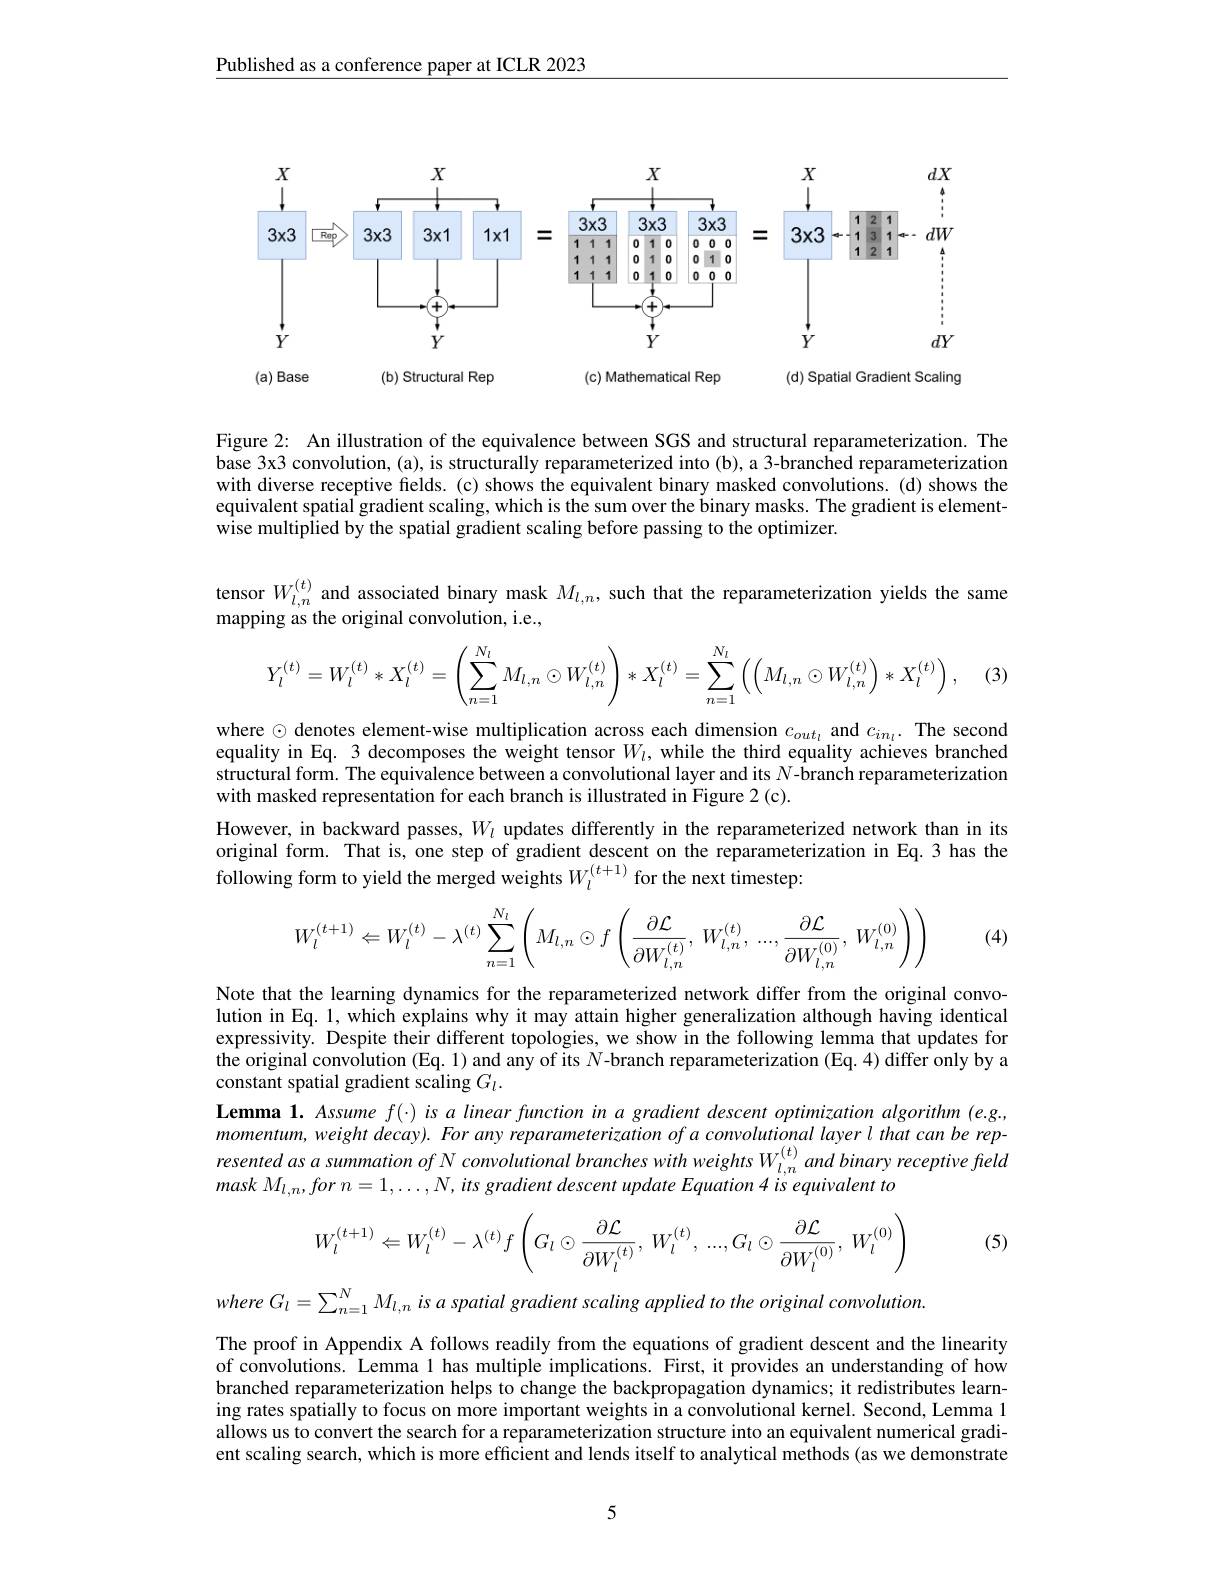
Published as a conference paper at ICLR 2023

<FigureHere>

Figure 2: An illustration of the equivalence between SGS and structural reparameterization. The base 3x3 convolution, (a), is structurally reparameterized into (b), a 3-branched reparameterization with diverse receptive fields.(c) shows the equivalent binary masked convolutions. (d) shows the equivalent spatial gradient scaling, which is the sum over the binary masks. The gradient is elementwise multiplied by the spatial gradient scaling before passing to the optimizer.

tensor $W_{l,n}^{(t)}$ and associated binary mask $M_{l,n}$, such that the reparameterization yields the same
mapping as the original convolution, i.e.,
$$Y_l^{(t)}=W_l^{(t)}*X_l^{(t)}=\left(\sum_{n=1}^{N_l}M_{l,n}\odot W_{l,n}^{(t)}\right)*X_l^{(t)}=\sum_{n=1}^{N_l}\left(\left(M_{l,n}\odot W_{l,n}^{(t)}\right)*X_l^{(t)}\right),$$
(3.

where $\odot$ denotes element-wise multiplication across each dimension $c_out_l$ and $c_{in_l}.$ The second equality in Eq. 3 decomposes the weight tensor $W_l$, while the third equality achieves branched structural form. The equivalence between a convolutional layer and its $\hat{N}$-branch reparameterization with masked representation for each branch is illustrated in Figure 2(c).
However, in backward passes, $W_l$ updates differently in the reparameterized network than in its original form. That is, one step of gradient descent on the reparameterization in Eq.3 has the following form to yield the merged weights $W_l^{(t+1)}$ for the next timestep

(4)
$$W_{l}^{(t+1)}\Leftarrow W_{l}^{(t)}-\lambda^{(t)}\sum_{n=1}^{N_{l}}\left(M_{l,n}\odot f\left(\frac{\partial\mathcal{L}}{\partial W_{l,n}^{(t)}},\:W_{l,n}^{(t)},\:...,\frac{\partial\mathcal{L}}{\partial W_{l,n}^{(0)}},\:W_{l,n}^{(0)}\right)\right)$$
Note that the learning dynamics for the reparameterized network differ from the original convolution in Eq. 1, which explains why it may attain higher generalization although having identical expressivity. Despite their different topologies, we show in the following lemma that updates for the original convolution (Eq. 1) and any of its $N$-branch reparameterization (Eq. 4) differ only by a constant spatial gradient scaling $G_l.$
Lemma 1. Assume $f(\cdot)$ is $a$ linear function in $a$ gradient descent optimization algorithm (e.g., momentum, weight decay). For any reparameterization ofa convolutional layer l that can be represented as a summation of N convolutional branches with weights W $_{l,n}^{(t)}$ and binary receptive freld $maskM_{l, n}, for$ $n= 1, \ldots , N, its$ gradient descent update Equation 4 $is$ equivalent $to$

(5)
$$W_l^{(t+1)}\Leftarrow W_l^{(t)}-\lambda^{(t)}f\left(G_l\odot\frac{\partial\mathcal{L}}{\partial W_l^{(t)}},\:W_l^{(t)},\:...,G_l\odot\frac{\partial\mathcal{L}}{\partial W_l^{(0)}},\:W_l^{(0)}\right)$$
where G $G_l=\sum_{n=1}^NM_{l,n}$ is a spatial gradient scaling applied to the original convolution

The proof in Appendix A follows readily from the equations of gradient descent and the linearity of convolutions. Lemma 1 has multiple implications. First, it provides an understanding of how branched reparameterization helps to change the backpropagation dynamics; it redistributes learning rates spatially to focus on more important weights in a convolutional kernel. Second, Lemma 1 allows us to convert the search for a reparameterization structure into an equivalent numerical gradient scaling search, which is more efficient and lends itself to analytical methods (as we demonstrate

5